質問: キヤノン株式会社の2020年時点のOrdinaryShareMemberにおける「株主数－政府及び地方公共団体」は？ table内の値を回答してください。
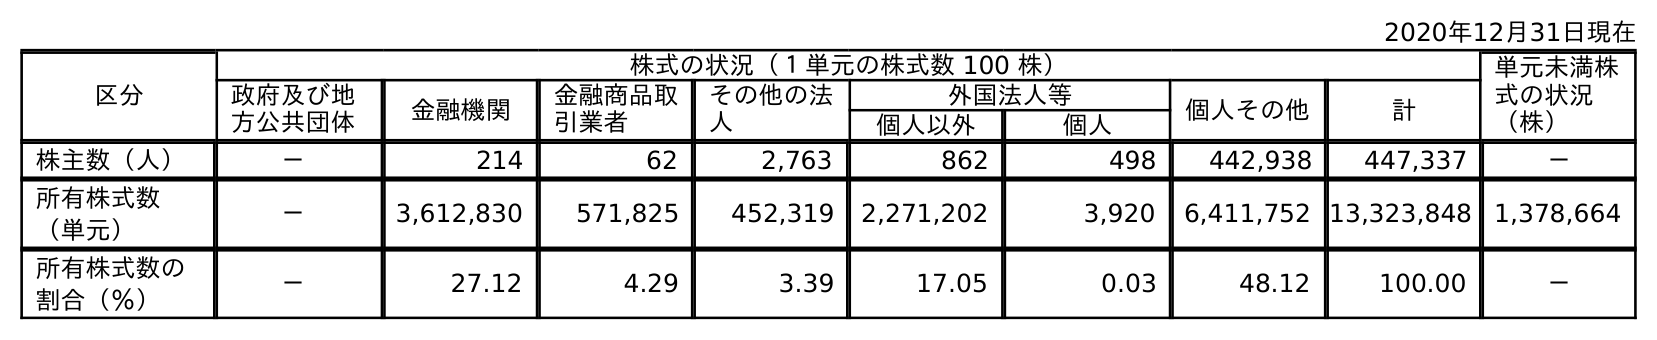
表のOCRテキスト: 2020年12月31日現在 区分 株式の状況（１単元の株式数 100 株） 単元未満株 式の状況 （株） 政府及び地 方公共団体 金融機関 金融商品取 引業者 その他の法 人 外国法人等 個人その他 計 個人以外 個人 株主数（人） － 214 62 2,763 862 498 442,938 447,337 － 所有株式数 （単元） － 3,612,830 571,825 452,319 2,271,202 3,920 6,411,752 13,323,848 1,378,664 所有株式数の 割合（％） － 27.12 4.29 3.39 17.05 0.03 48.12 100.00 －
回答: －